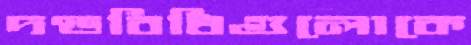
দণ্ডবিধিগুলোকে